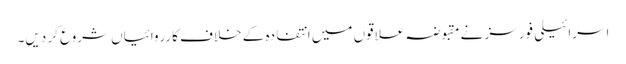
اسرائیلی فورسز نے مقبوضہ علاقوں میں انتفادہ کے خلاف کارروائیاں شروع کر دیں۔